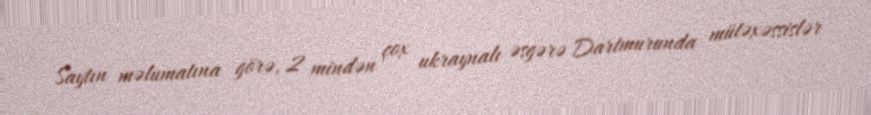
Saytın məlumatına görə, 2 mindən çox ukraynalı əsgərə Dartmurunda mütəxəssislər